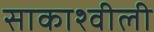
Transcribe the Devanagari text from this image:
साकाश्वीली